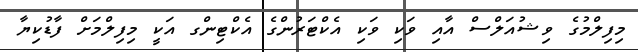
މިފިލްމުގެ ވިޝުއަލްސް އާއި ވަކި ވަކި އެކްޓަރުންގެ އެކްޓިންގ އަކީ މިފިލްމަށް ފާޑުކިޔާ